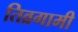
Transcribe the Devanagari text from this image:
तिव्रगामी